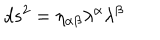
d s ^ { 2 } = \eta _ { \alpha \beta } \lambda ^ { \alpha } \lambda ^ { \beta }